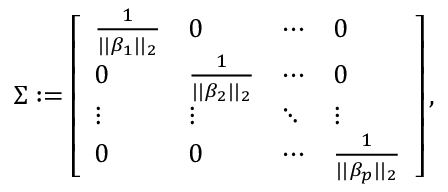
\Sigma : = \left[ \begin{array} { l l l l } { \frac { 1 } { | | \boldsymbol { \beta _ { 1 } } | | _ { 2 } } } & { 0 } & { \cdots } & { 0 } \\ { 0 } & { \frac { 1 } { | | \boldsymbol { \beta _ { 2 } } | | _ { 2 } } } & { \cdots } & { 0 } \\ { \vdots } & { \vdots } & { \ddots } & { \vdots } \\ { 0 } & { 0 } & { \cdots } & { \frac { 1 } { | | \boldsymbol { \beta _ { p } } | | _ { 2 } } } \end{array} \right] ,